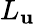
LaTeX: L_{\mathbf{u}}